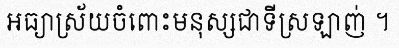
អធ្យាស្រ័យចំពោះមនុស្សជាទីស្រឡាញ់ ។